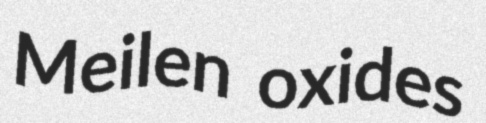
Meilen oxides